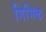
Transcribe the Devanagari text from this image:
गिमिक